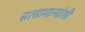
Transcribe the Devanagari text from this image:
सत्सामान्यांशी